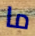
ما